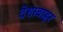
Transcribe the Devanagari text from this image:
देशाबाहर